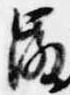
微